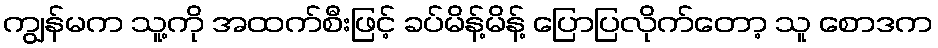
ကျွန်မက သူ့ကို အထက်စီးဖြင့် ခပ်မိန့်မိန့် ပြောပြလိုက်တော့ သူ စောဒက